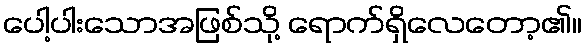
ပေါ့ပါးသောအဖြစ်သို့ ရောက်ရှိလေတော့၏။